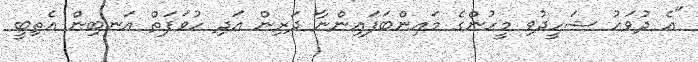
"އެ ދުވަހު ޝަހީދުވި މީހުންގެ މައިންބަފައިންނާ ދަރިން އަދި ހުވަފަތް އަނބިން އެތިބީ